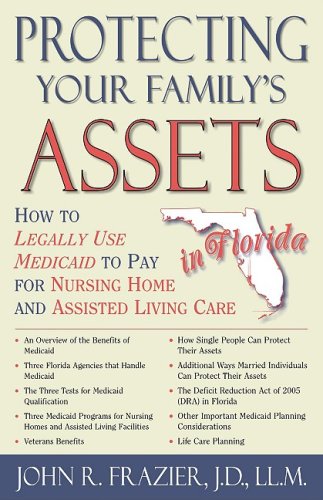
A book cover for Protecting Your Family's Assets in Florida: How to Legally Use Medicaid to Pay for Nursing Home and Assisted Living Care; John R. Frazier; Law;